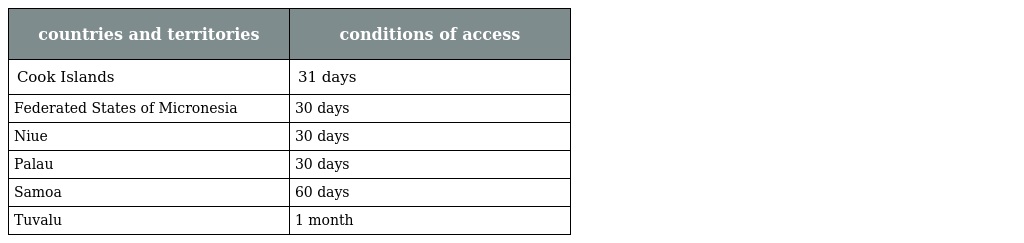
| countries and territories | conditions of access |
 | --- | --- |
 | Cook Islands | 31 days |
 | Federated States of Micronesia | 30 days |
 | Niue | 30 days |
 | Palau | 30 days |
 | Samoa | 60 days |
 | Tuvalu | 1 month |